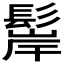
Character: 𩭢